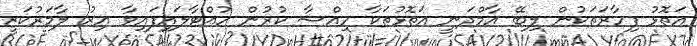
އަތޮޅު ފިހާރަަތަކުން ލިބޭ އާމްދަނީ އަތޮޅުތަކާ ހިއްސާ ކުރުން ހުއްޓާލައިފައިވާ އިރު ލާމަރުކަޒީ